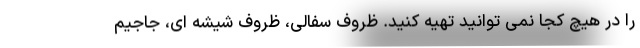
را در هیچ کجا نمی توانید تهیه کنید. ظروف سفالی، ظروف شیشه ای، جاجیم